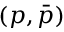
\left( p , \bar { p } \right)